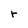
Character: r